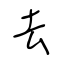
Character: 去